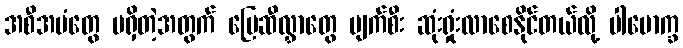
အစီအမံတွေ မရှိတဲ့အတွက် မြေဆီလွှာတွေ ပျက်စီး ဆုံးရှုံးလာစေနိုင်တယ်လို့ ပါမောက္ခ